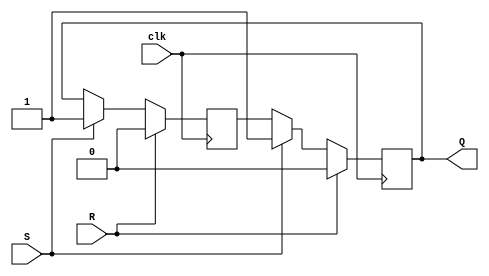
module sr_flip_flop (
    input wire R, // Reset signal
    input wire S, // Set signal
    input wire clk, // Clock signal
    output reg Q // Output signal
);

reg Q_m; // Master latch output
reg Q_s; // Slave latch output

always @(posedge clk) begin
    if (R) begin // Reset
        Q_m <= 0;
        Q_s <= 0;
    end else if (S) begin // Set
        Q_m <= 1;
        Q_s <= 1;
    end else begin // Store input values in master latch
        Q_m <= Q;
        Q_s <= Q_m; // Output stored values in slave latch
    end
end

assign Q = Q_s; // Output of the flip-flop

endmodule